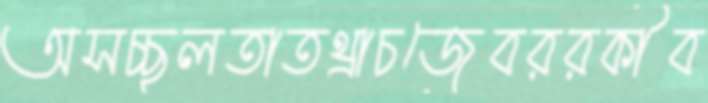
অসচ্ছলতাতথ্রাচজেবররকীব